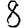
Digit: 8